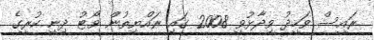
ރައީސް ވަހީދު ވިދާޅުވީ 2008 ގައި ރައްޔިތުން ވޯޓު ދިނީ ކުރީގެ